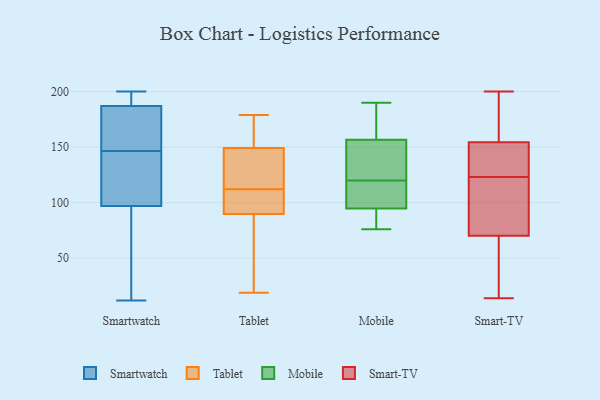
{"axis": {"x": "Latency (ms)", "y": "Value"}, "legend": ["Mobile", "Smart-TV", "Smartwatch", "Tablet"], "data": [{"x": "", "y": 75, "type": "Smartwatch"}, {"x": "", "y": 155, "type": "Smartwatch"}, {"x": "", "y": 187, "type": "Smartwatch"}, {"x": "", "y": 138, "type": "Smartwatch"}, {"x": "", "y": 197, "type": "Smartwatch"}, {"x": "", "y": 115, "type": "Smartwatch"}, {"x": "", "y": 12, "type": "Smartwatch"}, {"x": "", "y": 106, "type": "Smartwatch"}, {"x": "", "y": 200, "type": "Smartwatch"}, {"x": "", "y": 183, "type": "Smartwatch"}, {"x": "", "y": 34, "type": "Smartwatch"}, {"x": "", "y": 179, "type": "Smartwatch"}, {"x": "", "y": 197, "type": "Smartwatch"}, {"x": "", "y": 97, "type": "Smartwatch"}, {"x": "", "y": 95, "type": "Tablet"}, {"x": "", "y": 125, "type": "Tablet"}, {"x": "", "y": 88, "type": "Tablet"}, {"x": "", "y": 126, "type": "Tablet"}, {"x": "", "y": 141, "type": "Tablet"}, {"x": "", "y": 19, "type": "Tablet"}, {"x": "", "y": 112, "type": "Tablet"}, {"x": "", "y": 173, "type": "Tablet"}, {"x": "", "y": 179, "type": "Tablet"}, {"x": "", "y": 34, "type": "Tablet"}, {"x": "", "y": 98, "type": "Tablet"}, {"x": "", "y": 152, "type": "Tablet"}, {"x": "", "y": 99, "type": "Tablet"}, {"x": "", "y": 69, "type": "Tablet"}, {"x": "", "y": 172, "type": "Tablet"}, {"x": "", "y": 76, "type": "Mobile"}, {"x": "", "y": 157, "type": "Mobile"}, {"x": "", "y": 107, "type": "Mobile"}, {"x": "", "y": 92, "type": "Mobile"}, {"x": "", "y": 120, "type": "Mobile"}, {"x": "", "y": 103, "type": "Mobile"}, {"x": "", "y": 190, "type": "Mobile"}, {"x": "", "y": 154, "type": "Mobile"}, {"x": "", "y": 78, "type": "Mobile"}, {"x": "", "y": 115, "type": "Mobile"}, {"x": "", "y": 80, "type": "Mobile"}, {"x": "", "y": 167, "type": "Mobile"}, {"x": "", "y": 156, "type": "Mobile"}, {"x": "", "y": 160, "type": "Mobile"}, {"x": "", "y": 147, "type": "Mobile"}, {"x": "", "y": 200, "type": "Smart-TV"}, {"x": "", "y": 14, "type": "Smart-TV"}, {"x": "", "y": 117, "type": "Smart-TV"}, {"x": "", "y": 135, "type": "Smart-TV"}, {"x": "", "y": 171, "type": "Smart-TV"}, {"x": "", "y": 132, "type": "Smart-TV"}, {"x": "", "y": 59, "type": "Smart-TV"}, {"x": "", "y": 66, "type": "Smart-TV"}, {"x": "", "y": 83, "type": "Smart-TV"}, {"x": "", "y": 161, "type": "Smart-TV"}, {"x": "", "y": 123, "type": "Smart-TV"}]}